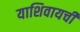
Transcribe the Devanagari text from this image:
याशिवायची